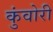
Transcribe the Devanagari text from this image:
कुंवोरी